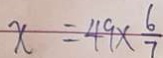
x = 4 9 \times \frac { 6 } { 7 }